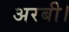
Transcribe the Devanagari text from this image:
अरबी।